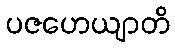
ပဇဟေယျာတိ